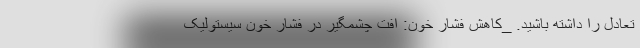
تعادل را داشته باشید. _کاهش فشار خون: افت چشمگیر در فشار خون سیستولیک